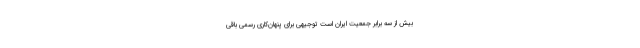
بیش از سه برابر جمعیت ایران است توجیهی برای پنهان‌کاری رسمی باقی